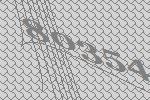
80354